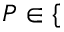
P \in \{